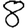
Digit: 8